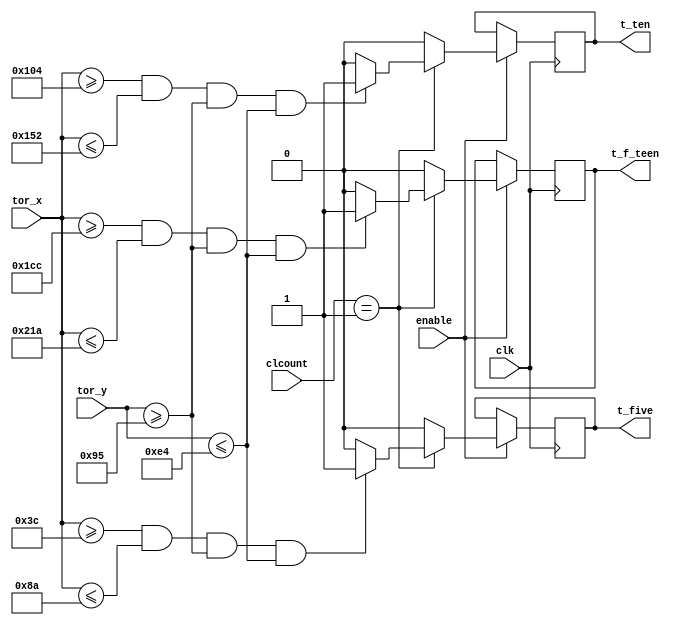
module TOUCH_3KEYS_INVIS(
	input wire clk,
//	input wire reset,	
//	input wire switch,
	input wire [1:0]clcount,
	input wire enable,

	input wire [9:0]tor_x,
	input wire [8:0]tor_y,

	
	output reg t_five,
	output reg t_ten,
	output reg t_f_teen
	);
	
parameter[9:0] x1 = 11'd60;
parameter[9:0] x2 = 11'd138;
parameter[8:0] y1 = 11'd149;
parameter[8:0] y2 = 11'd228;

parameter[9:0] x3 = 11'd260;
parameter[9:0] x4 = 11'd338;

parameter[9:0] x5 = 11'd460;
parameter[9:0] x6 = 11'd538;

always @ (posedge clk)
	begin
		if (enable == 1)
		begin
			if (clcount == 1) 
			begin
				if ((tor_x[9:0]>=x1)&&(tor_x[9:0]<=x2)&&(tor_y[8:0]>=y1)&&(tor_y[8:0]<=y2))
						t_five = 1;
					else
						t_five = 0;
				if ((tor_x[9:0]>=x3)&&(tor_x[9:0]<=x4)&&(tor_y[8:0]>=y1)&&(tor_y[8:0]<=y2))
						t_ten = 1;
					else
						t_ten = 0;
				if ((tor_x[9:0]>=x5)&&(tor_x[9:0]<=x6)&&(tor_y[8:0]>=y1)&&(tor_y[8:0]<=y2))
						t_f_teen = 1;
					else
						t_f_teen = 0;
			end
				else
				begin
					t_five = 0;
					t_ten = 0;
					t_f_teen = 0;
				end
		end
			else
			begin
				t_five = t_five;
				t_ten = t_ten;
				t_f_teen = t_f_teen;
			end
	end	
endmodule